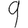
Digit: 9